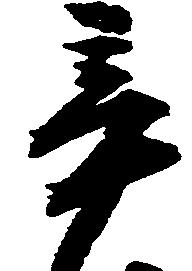
辛